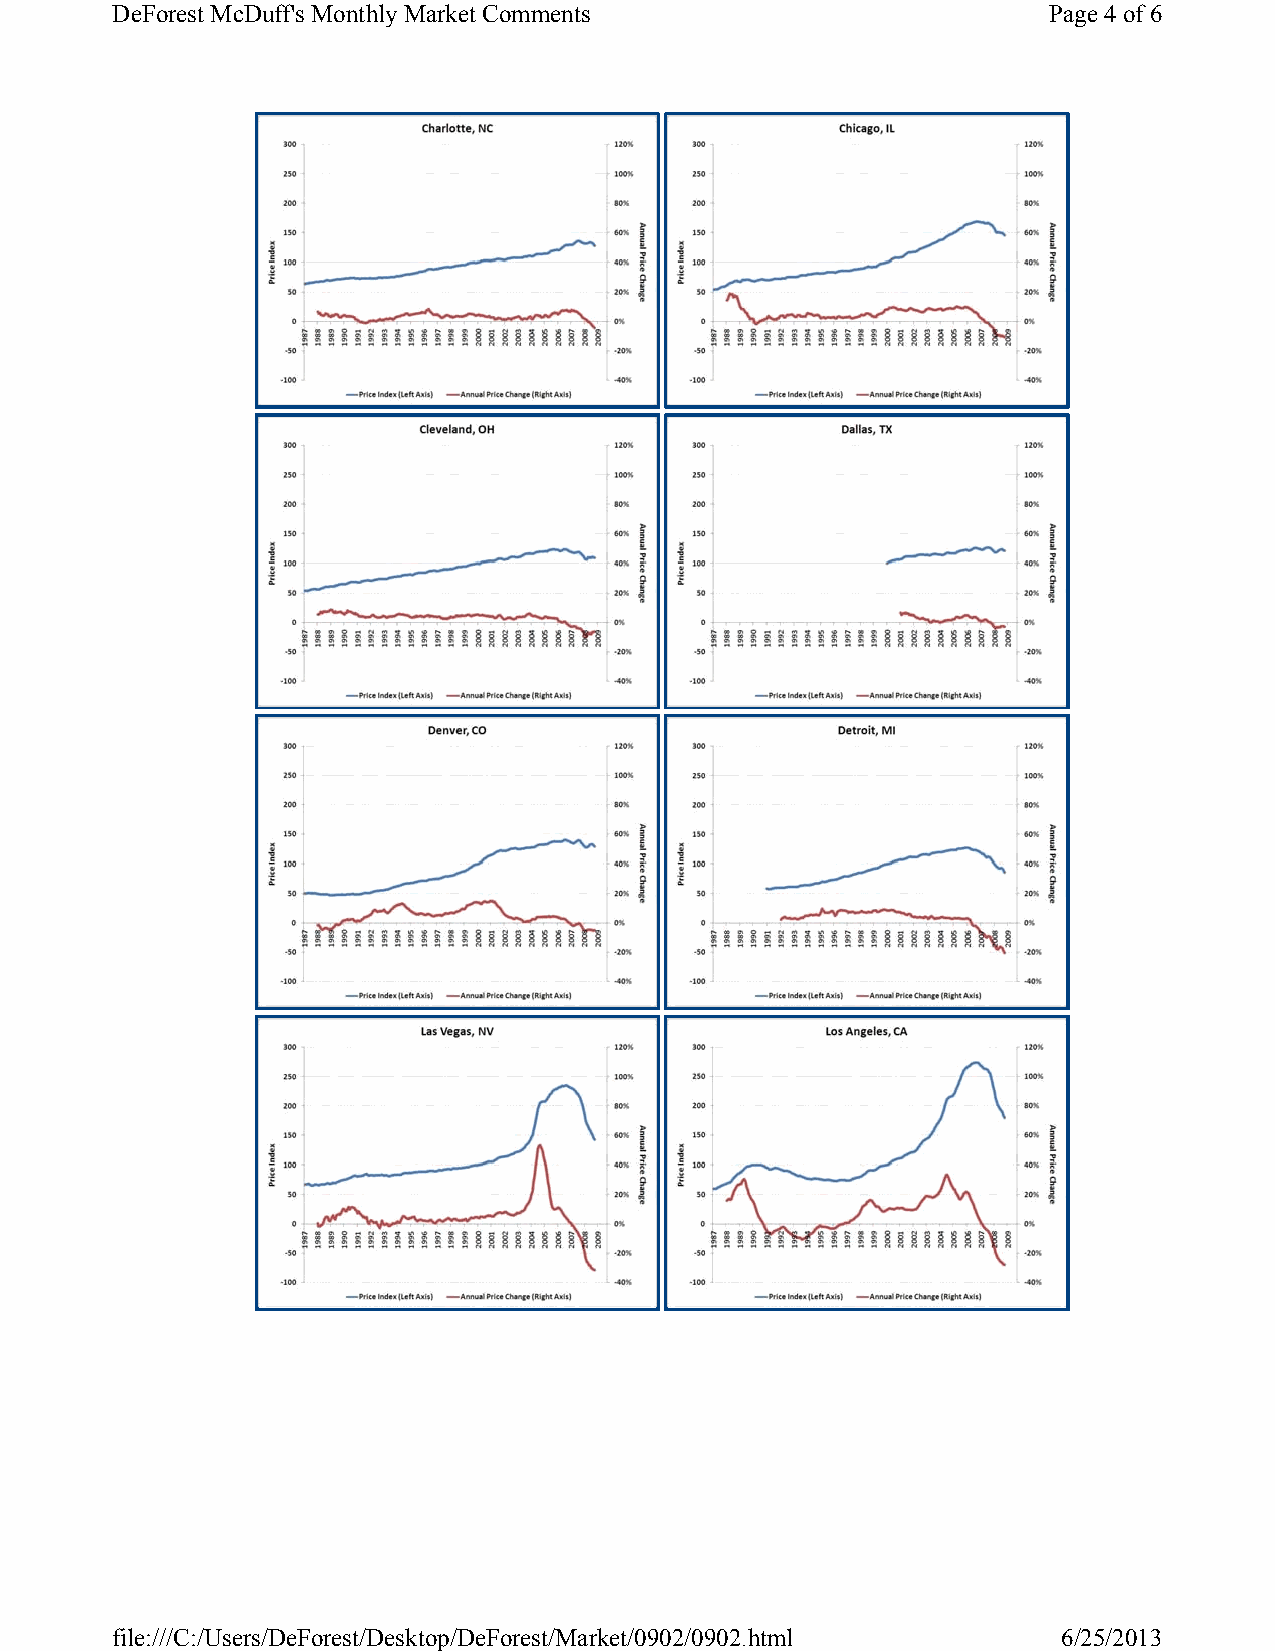
DeForest McDuff's Monthly Market Comments                     Page 4of 6
 file:///C:/Users/DeForest/Desktop/DeForest/Market/0902/0902.html 6/25/2013